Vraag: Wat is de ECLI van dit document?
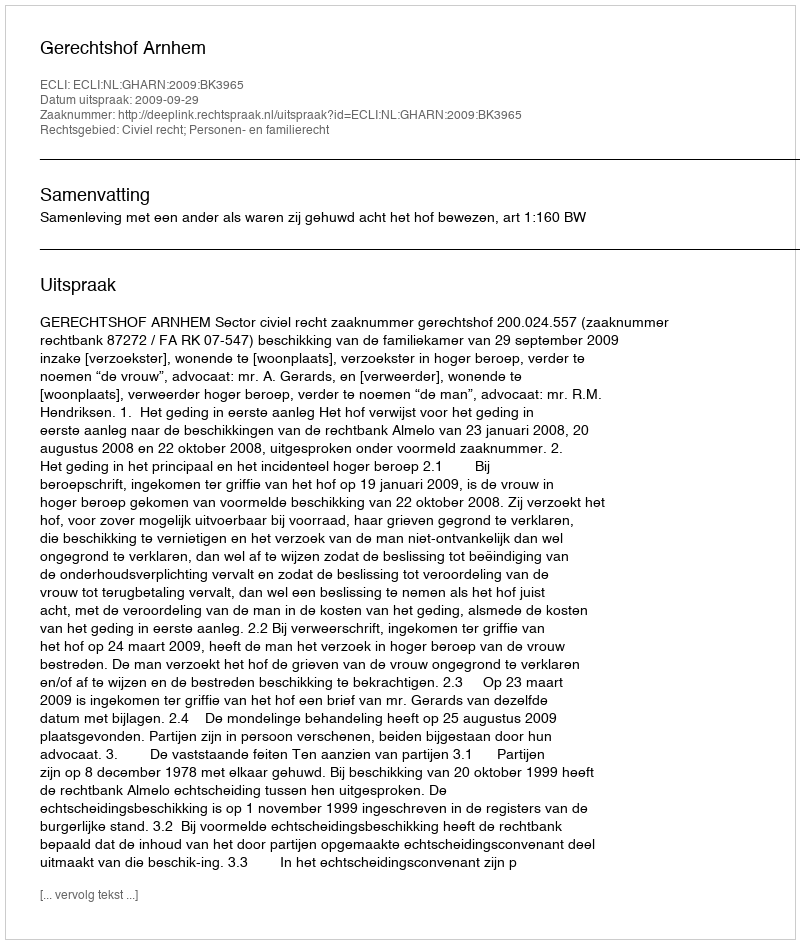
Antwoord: ECLI:NL:GHARN:2009:BK3965